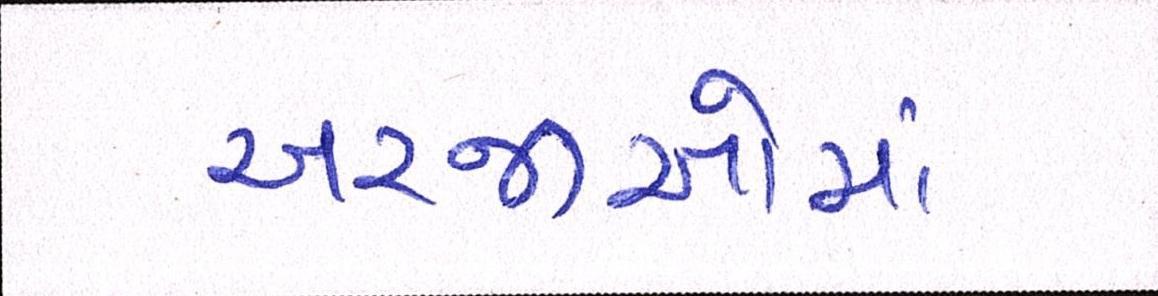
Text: અરજીઓમાં